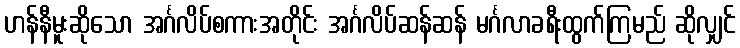
ဟန်နီမူးဆိုသော အင်္ဂလိပ်စကားအတိုင်း အင်္ဂလိပ်ဆန်ဆန် မင်္ဂလာခရီးထွက်ကြမည် ဆိုလျှင်